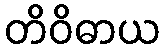
တိဝိဓာယ